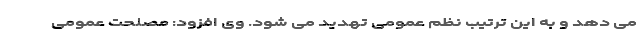
می دهد و به این ترتیب نظم عمومی تهدید می شود. وی افزود: مصلحت عمومی